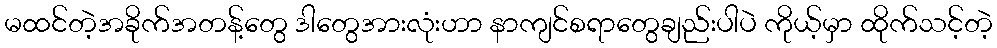
မထင်တဲ့အခိုက်အတန့်တွေ ဒါတွေအားလုံးဟာ နာကျင်စရာတွေချည်းပါပဲ ကိုယ့်မှာ ထိုက်သင့်တဲ့